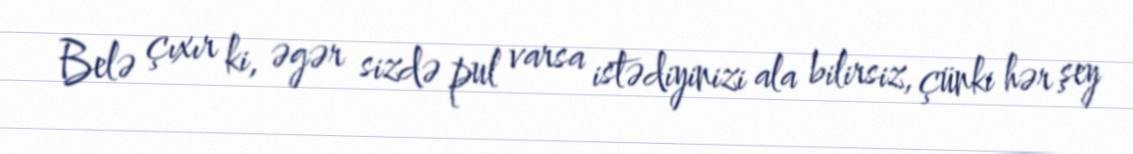
Belə çıxır ki, əgər sizdə pul varsa istədiyinizi ala bilirsiz, çünki hər şey